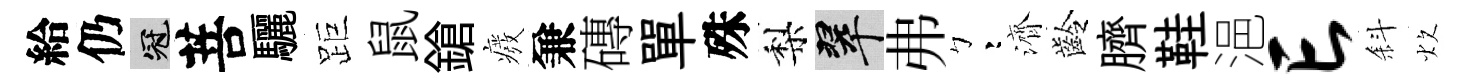
給仍冠菩驪距鼠鎗癈兼磚單殊梨翠弗彎濟齡臍鞋浥亡斜炊